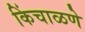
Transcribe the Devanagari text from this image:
किंचाळणे